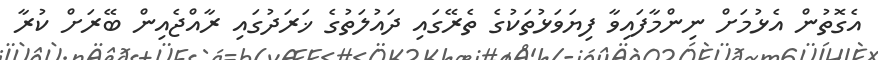
އެގޮތުން އެޅުމަށް ނިންމާފައިވާ ފިޔަވަޅުތަކުގެ ތެރޭގައި ދައުލަތުގެ ޚަރަދުގައި ރާއްޖެއިން ބޭރަށް ކުރާ